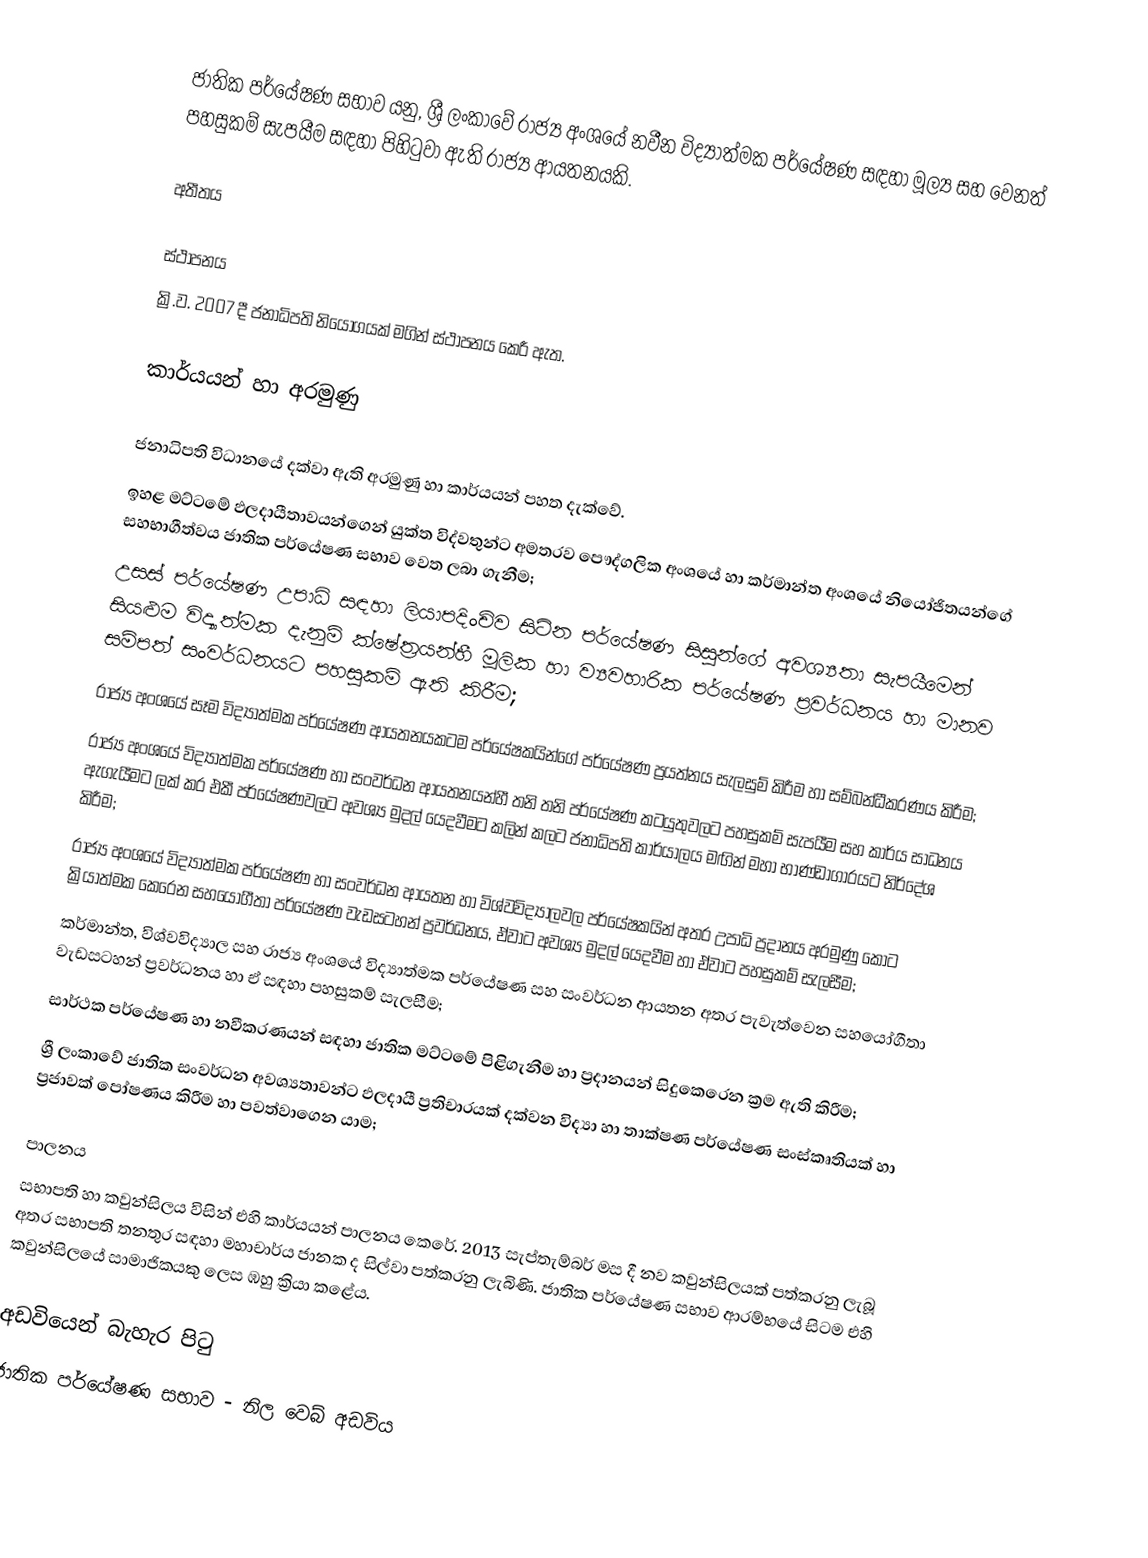
ජාතික පර්යේෂණ සභාව යනු, ශ්‍රී ලංකාවේ රාජ්‍ය අංශයේ නවීන විද්‍යාත්මක පර්යේෂණ සඳහා මූල්‍ය සහ වෙනත් පහසුකම් සැපයීම සඳහා පිහිටුවා ඇති රාජ්‍ය ආයතනයකි.

අතීතය

ස්ථාපනය
ක්‍රි.ව. 2007 දී ජනාධිපති නියෝගයක් මගින් ස්ථාපනය කෙරී ඇත.

කාර්යයන් හා අරමුණු

ජනාධිපති විධානයේ දක්වා ඇති අරමුණු හා කාර්යයන් පහත දැක්වේ.
	ඉහළ මට්ටමේ ඵලදායීතාවයන්ගෙන් යුක්ත විද්වතුන්ට අමතරව පෞද්ගලික අංශයේ හා කර්මාන්ත අංශයේ නියෝජිතයන්ගේ සහභාගීත්වය ජාතික පර්යේෂණ සභාව වෙත ලබා ගැනීම;
	උසස් පර්යේෂණ උපාධි සඳහා ලියාපදිංචිව සිටින පර්යේෂණ සිසුන්ගේ අවශ්‍යතා සැපයීමෙන් සියළුම විද්‍යාත්මක දැනුම් ක්ෂේත්‍රයන්හී මූලික හා ව්‍යවහාරික පර්යේෂණ ප්‍රවර්ධනය හා මානව සම්පත් සංවර්ධනයට පහසුකම් ඇති කිරීම;
	රාජ්‍ය අංශයේ සෑම විද්‍යාත්මක පර්යේෂණ ආයතනයකටම පර්යේෂකයින්ගේ පර්යේෂණ ප්‍රයත්නය සැලසුම් කිරීම හා සම්බන්ධීකරණය කිරීම;
	රාජ්‍ය අංශයේ විද්‍යාත්මක පර්යේෂණ හා සංවර්ධන ආයතනයන්හී තනි තනි පර්යේෂණ කටයුතුවලට පහසුකම් සැපයීම සහ කාර්ය සාධනය ඇගැයීමට ලක් කර එකී පර්යේෂණවලට අවශ්‍ය මුදල් යෙදවීමට කලින් කලට ජනාධිපති කාර්යාලය මඟින් මහා භාණ්ඩාගාරයට නිර්දේශ කිරීම;
	රාජ්‍ය අංශයේ විද්‍යාත්මක පර්යේෂණ හා සංවර්ධන ආයතන හා විශ්වවිද්‍යාලවල පර්යේෂකයින් අතර උපාධි ප්‍රදානය අරමුණු කොට ක්‍රියාත්මක කෙරෙන සහයෝගීතා පර්යේෂණ වැඩසටහන් ප්‍රවර්ධනය, ඒවාට අවශ්‍ය මුදල් යෙදවීම හා ඒවාට පහසුකම් සැලසීම;
	කර්මාන්ත, විශ්වවිද්‍යාල සහ රාජ්‍ය අංශයේ විද්‍යාත්මක පර්යේෂණ සහ සංවර්ධන ආයතන අතර පැවැත්වෙන සහයෝගීතා වැඩසටහන් ප්‍රවර්ධනය හා ඒ සඳහා පහසුකම් සැලසීම;
	සාර්ථක පර්යේෂණ හා නවීකරණයන් සඳහා ජාතික මට්ටමේ පිළිගැනීම හා ප්‍රදානයන් සිදුකෙරෙන ක්‍රම ඇති කිරීම;
	ශ්‍රී ලංකාවේ ජාතික සංවර්ධන අවශ්‍යතාවන්ට ඵලදායී ප්‍රතිචාරයක් දක්වන විද්‍යා හා තාක්ෂණ පර්යේෂණ සංස්කෘතියක් හා ප්‍රජාවක් පෝෂණය කිරීම හා පවත්වාගෙන යාම;

පාලනය
සභාපති හා කවුන්සිලය විසින් එහි කාර්යයන් පාලනය කෙරේ. 2013 සැප්තැම්බර් මස දී නව කවුන්සිලයක් පත්කරනු ලැබූ අතර සභාපති තනතුර සඳහා මහාචාර්ය ජානක ද සිල්වා පත්කරනු ලැබිණි. ජාතික පර්යේෂණ සභාව ආරම්භයේ සිටම එහි කවුන්සිලයේ සාමාජිකයකු ලෙස ඹහු ක්‍රියා කළේය.

අඩවියෙන් බැහැර පිටු
 ජාතික පර්යේෂණ සභාව - නිල වෙබ් අඩවිය